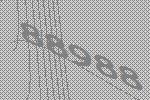
88988